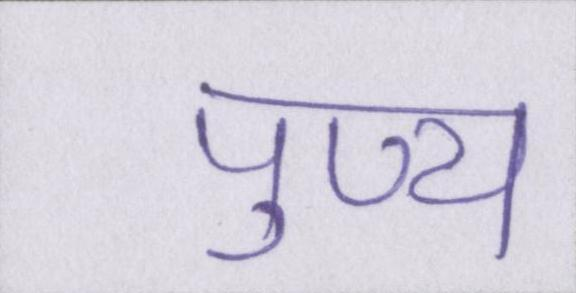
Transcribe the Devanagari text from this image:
पुण्य